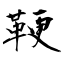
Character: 鞕